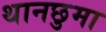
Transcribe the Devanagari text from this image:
थानछुमा